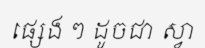
ផ្សេង ៗ ដូចជា ស្វា